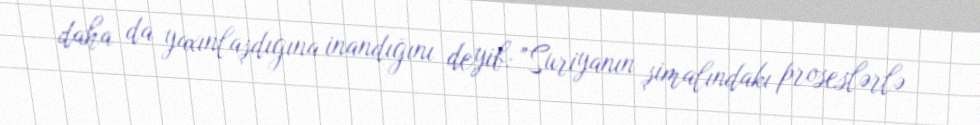
daha da yaxınlaşdığına inandığını deyib: "Suriyanın şimalındakı proseslərlə